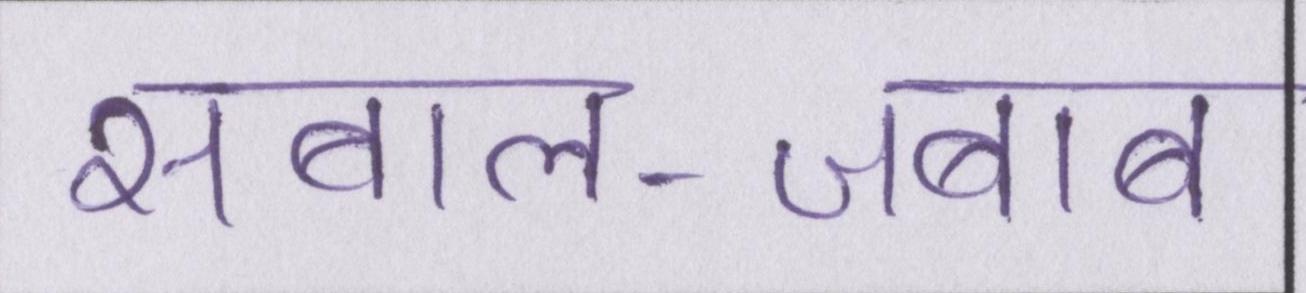
सवाल-जवाब